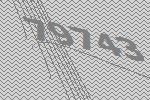
79743